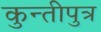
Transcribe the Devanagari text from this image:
कुन्तीपुत्र